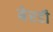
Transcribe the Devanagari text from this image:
बेरडी